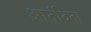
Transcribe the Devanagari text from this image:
आनंदिता